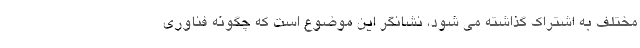
مختلف به اشتراک گذاشته می شود، نشانگر این موضوع است که چگونه فناوری